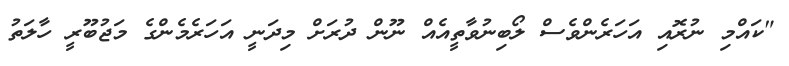
"ކައްމި ނުރޮއި އަހަރެންވެސް ލޯބިނުވާތީއެއް ނޫން ދުރަށް މިދަނީ އަހަރެމެންގެ މަޖުބޫރީ ހާލަތު